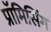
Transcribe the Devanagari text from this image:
प्रॉमिसिंग